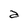
Character: a